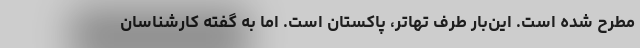
مطرح شده است. این‌بار طرف تهاتر، پاکستان است. اما به گفته کارشناسان